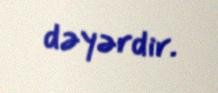
dəyərdir.